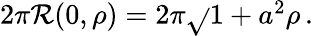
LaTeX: \textstyle2\pi\mathcal{R}(0,\rho)=2\pi{\sqrt{}{{1+a^{2}}}}\rho\, .